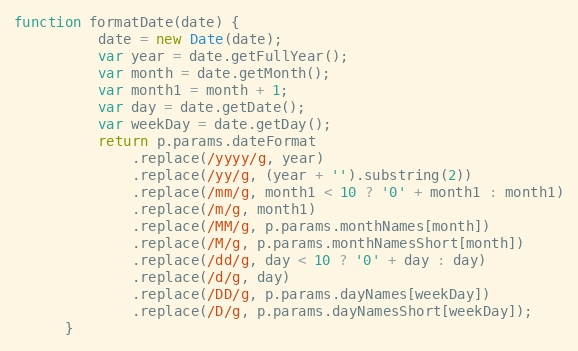
Language: JavaScript
function formatDate(date) {
          date = new Date(date);
          var year = date.getFullYear();
          var month = date.getMonth();
          var month1 = month + 1;
          var day = date.getDate();
          var weekDay = date.getDay();
          return p.params.dateFormat
              .replace(/yyyy/g, year)
              .replace(/yy/g, (year + '').substring(2))
              .replace(/mm/g, month1 < 10 ? '0' + month1 : month1)
              .replace(/m/g, month1)
              .replace(/MM/g, p.params.monthNames[month])
              .replace(/M/g, p.params.monthNamesShort[month])
              .replace(/dd/g, day < 10 ? '0' + day : day)
              .replace(/d/g, day)
              .replace(/DD/g, p.params.dayNames[weekDay])
              .replace(/D/g, p.params.dayNamesShort[weekDay]);
      }